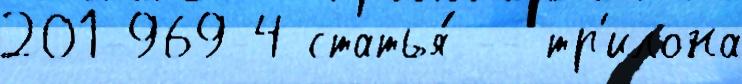
201-969-4 статья́ -- тр'илона